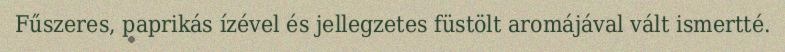
Fűszeres, paprikás ízével és jellegzetes füstölt aromájával vált ismertté.